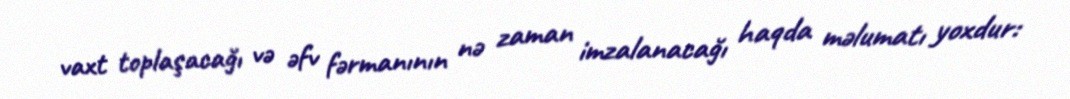
vaxt toplaşacağı və əfv fərmanının nə zaman imzalanacağı haqda məlumatı yoxdur: